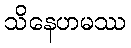
သိနေဟမဿ